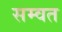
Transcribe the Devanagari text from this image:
सम्‍वत